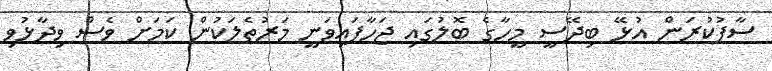
ސާފުކުރަން އުޅޭ ބިދޭސީ މީހާގެ ބޮލުގައި ޖަހާފައިވަނީ މަރުތެލަކުން ކަމަށް ވެސް ވިދާޅުވި